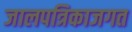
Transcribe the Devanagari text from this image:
जालपत्रिकाजगत